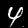
Digit: 4